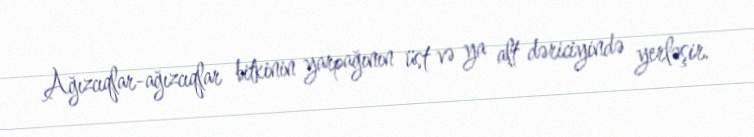
Ağızcıqlar-ağızcıqlar bitkinin yarpağının üst və ya alt dəriciyində yerləşir.